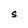
Character: S